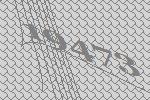
19473